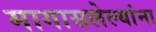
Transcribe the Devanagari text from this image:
मागासलेल्यांना